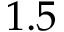
1 . 5